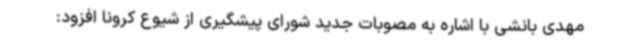
مهدی بانشی با اشاره به مصوبات جدید شورای پیشگیری از شیوع کرونا افزود: